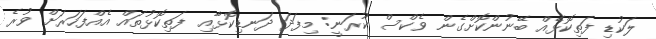
ލަކުޑި ފަތިކޮޅެއް ބޭނުންކޮށްގެން ވެކްސް ކުރަނީ: މިފަދަ ދަނޑިކޮޅާއި ފަތިކޮޅުތައް އެއްފަހަރަށް ވުރެ